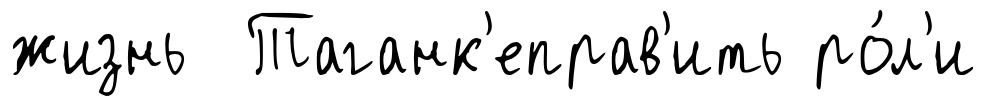
жизнь Таганк'еправ'ить ро́л'и